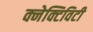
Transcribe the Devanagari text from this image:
क्नेक्टिविटी